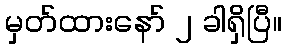
မှတ်ထားနော် ၂ ခါရှိပြီ။